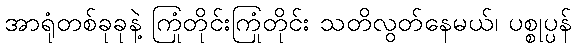
အာရုံတစ်ခုခုနဲ့ ကြုံတိုင်းကြုံတိုင်း သတိလွတ်နေမယ်၊ ပစ္စုပ္ပန်